system: You are a helpful assistant.
user:
Analyze the provided spectrum to determine if it is a **White Dwarf (WD)**.

A White Dwarf spectrum is defined by its **extreme purity** (due to gravitational settling) and/or **extreme pressure broadening** (due to high surface gravity). You must check for one of the following mutually exclusive signatures:

- **Key Visual Indicators (Check for ONE of these types):**

    - **1. DA-Type Signature (Most Common):**
        - **(Primary Feature):** Extreme pressure broadening (Stark broadening) of the **Hydrogen (H) Balmer lines**.
        - **(Key Lines):** $H\beta$ (approx. $4861$ Å) and $H\gamma$ (approx. $4340$ Å). $H\alpha$ (approx. $6563$ Å) will also be present if the wavelength range covers it.
        - **(Line Profile):** This is the **defining feature**. The lines are **NOT** sharp. They appear as massive, **extremely broad and deep "troughs" or "dips"** in the spectrum, often hundreds of Ångströms wide. The continuum will appear to "scoop" down at these wavelengths.
        - **(Distinction):** Normal A-type or B-type stars have *narrow* and *sharp* Hydrogen lines. A DA White Dwarf's lines are unmistakably "smeared" or "blurry" from pressure.

    - **2. DB-Type Signature:**
        - **(Primary Feature):** Broad absorption lines from **Neutral Helium (He I)**. The spectrum must lack any visible Hydrogen lines.
        - **(Key Lines):** Look for broad absorption near $4471$ Å, $4921$ Å, and $5876$ Å.
        - **(Line Profile):** These lines are also significantly pressure-broadened, appearing much wider than they would in a normal B-type main-sequence star.

    - **3. DC-Type Signature:**
        - **(Primary Feature):** A **featureless continuous spectrum**.
        - **(Line Profile):** The spectrum is a smooth curve with **no significant absorption or emission lines**.
        - **(Key Confirmation):** The continuum is almost always **blue or white**, indicating a hot object. This signature implies the atmosphere is so pure (or so cool) that no spectral lines are visible in the optical range. Its WD identity is confirmed by its extremely low intrinsic brightness (high absolute magnitude).

    - **4. DZ-Type Signature (Metal-Polluted):**
        - **(Primary Feature):** **Isolated, narrow metal absorption lines** on an otherwise featureless (DC-like) continuum.
        - **(Key Lines):** The **Calcium (Ca II) H & K doublet** (approx. **$3934$ Å** and **$3968$ Å**) is the most common and defining feature.
        - **(Line Profile):** These lines are "out of place." They are *not* part of a "forest" of thousands of lines. This signature is evidence of recent *accretion* (pollution) from rocky debris.
        - **(Distinction):** Normal G/K/M stars have a *dense forest* of thousands of metal lines. A DZ has a *clean* continuum with *only a few* strong metal lines.

    - **5. DQ-Type Signature (Carbon-Polluted):**
        - **(Primary Feature):** Absorption bands from **Carbon (C₂ "Swan Bands" or atomic C I)**.
        - **(Key Lines - C₂):** Look for bandheads with a "saw-tooth" shape near $5635$ Å, **$5165$ Å** (strongest), and $4737$ Å.
        - **(Key Confirmation):** The underlying **continuum must be blue or white** (hot).
        - **(Distinction):** This is the critical difference from a **Carbon Star**, which has the *exact same* C₂ bands but on an extremely **red, cool** continuum.

- **(Overall Spectrum):**
    - The continuum (overall shape) is typically **blue-sloping** (brighter in the blue than the red), as most white dwarfs are very hot.
    - The spectrum will look "pure" or "simple," dominated by only *one* of the five signatures listed above.

Think first, call **spectral_visualization_tool** if needed to examine features in detail, then provide your final answer. Your response must adhere to the following strict rules:
1.  **Overall Structure:** Your response must follow the format `<think>...</think> <tool_call>...</tool_call> (if a tool is used) <answer>...</answer>`.
2.  **Tool Usage Constraint:** You may only make **one** tool call per turn.
3.  **Final Answer Format:** In the `<answer>` tag, your conclusion must be inside a `\boxed{}` command (e.g., `\boxed{YES}` or `\boxed{NO}`), followed by your justification.

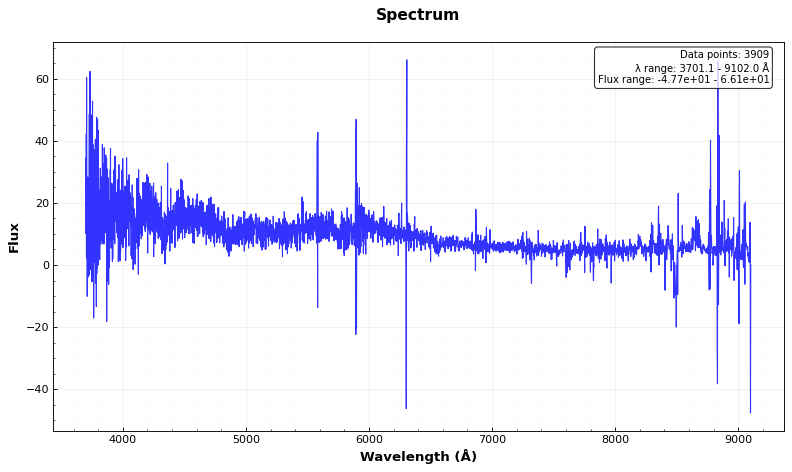
Answer: YES